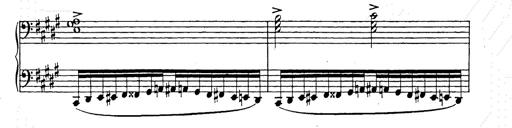
Title: Ballade No.2
Composer: Jan Skrzydlewski
Key: B minor